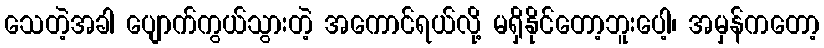
သေတဲ့အခါ ပျောက်ကွယ်သွားတဲ့ အကောင်ရယ်လို့ မရှိနိုင်တော့ဘူးပေါ့၊ အမှန်ကတော့